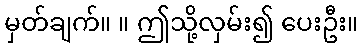
မှတ်ချက်။ ။ ဤသို့လှမ်း၍ ပေးဦး။